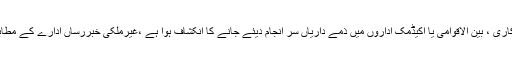
01 جنوری2017ء) 2016میں سعودی کابینہ سے برخاست کیے گئے وزراء کے اب بھی مملکت میں سرکاری ، بین الاقوامی یا اکیڈمک اداروں میں ذمے داریاں سر انجام دیئے جانے کا انکشاف ہوا ہے ،غیرملکی خبررساں ادارے کے مطابق سابق وزیر انصاف ڈاکٹر محمد العیسی نے رابطہ عالم اسلامی کے سکریٹری جنرل کا عہدہ سنبھالا ہوا ہے۔